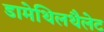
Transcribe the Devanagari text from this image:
डामेथिलथैलेट